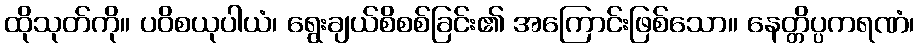
ထိုသုတ်ကို။ ပဝိစယုပါယံ၊ ရွေးချယ်စိစစ်ခြင်း၏ အကြောင်းဖြစ်သော။ နေတ္တိပ္ပကရဏံ၊